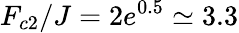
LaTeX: F_{c2}/J=2e^{0.5}\simeq 3.3